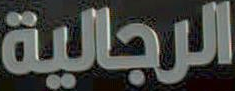
الرجالية